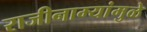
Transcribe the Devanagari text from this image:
राजीनाम्यांमुळे